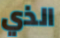
الذي